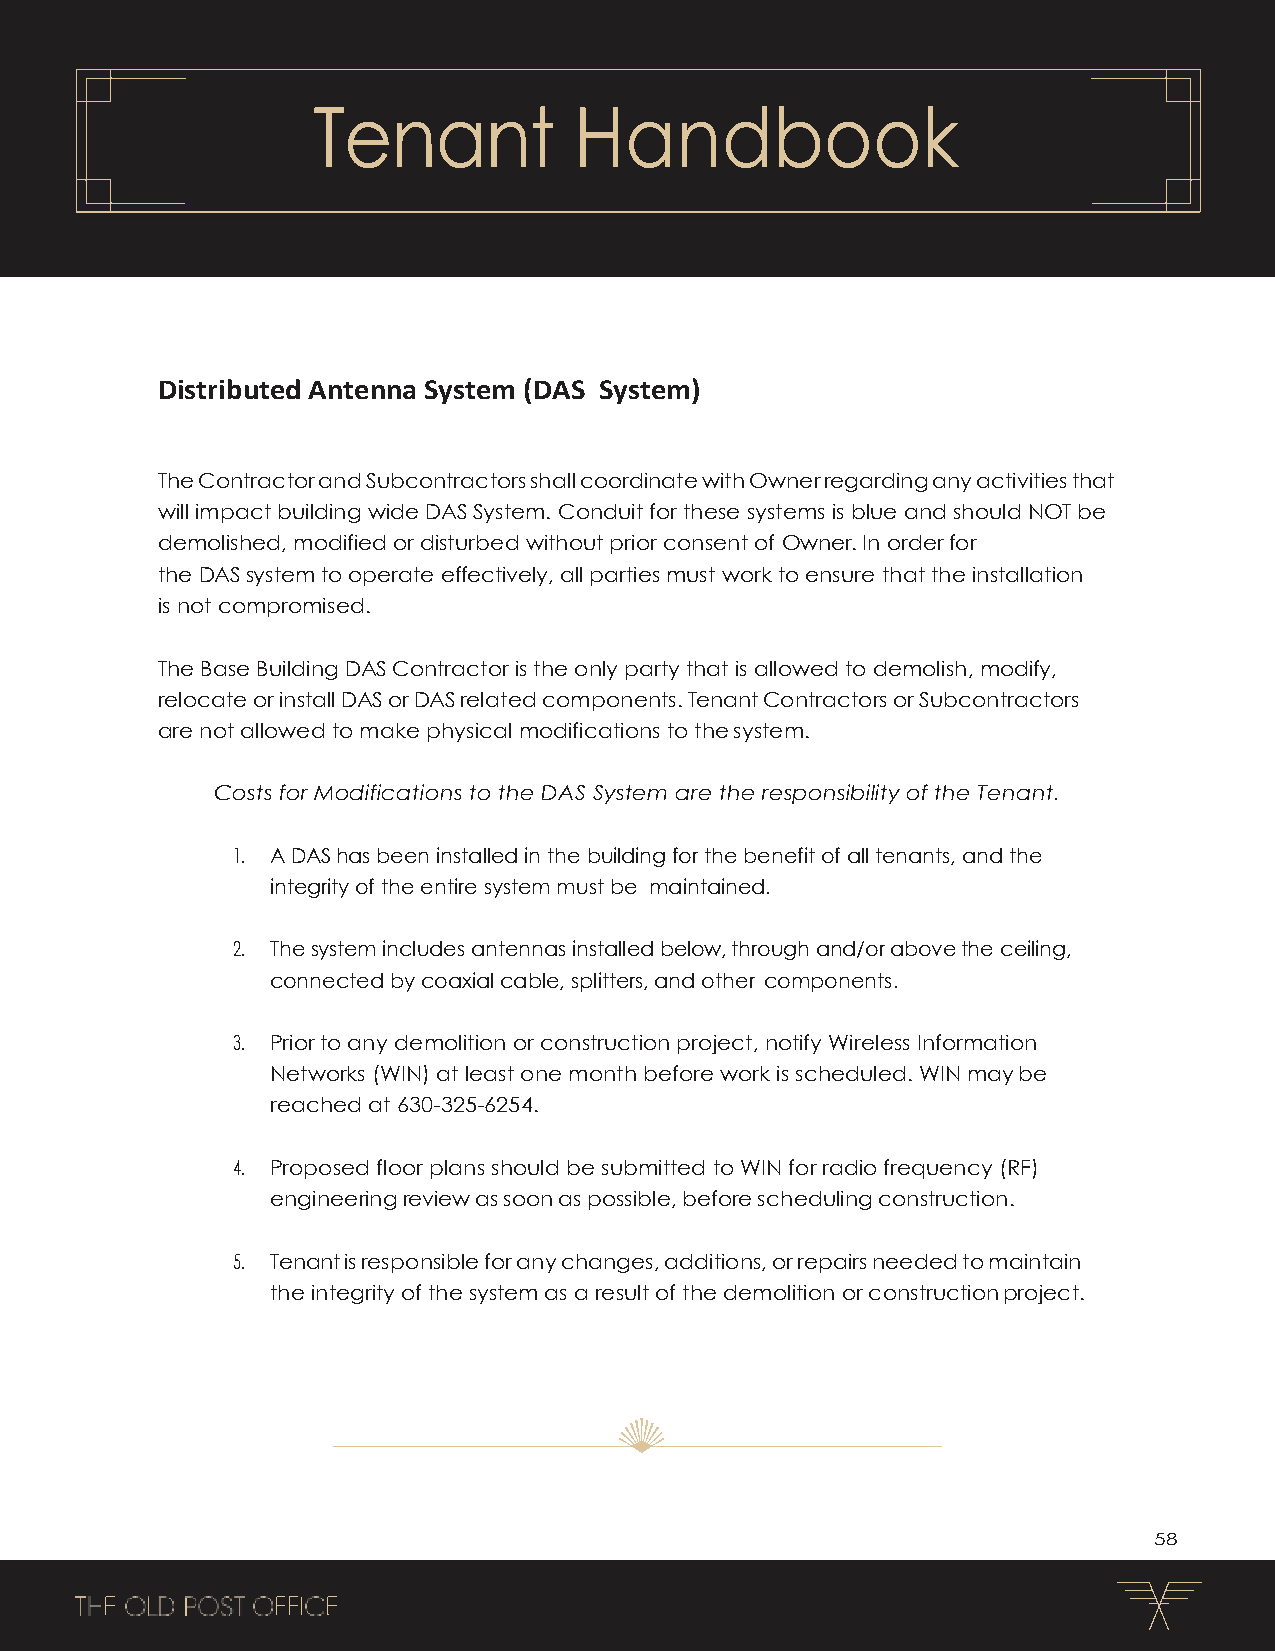
Tenant           Handbook
 Distributed Antenna System (DAS System)
 The Contractor and Subcontractors shall coordinate with Owner regarding any activities that
 will impact building wide DAS System. Conduit for these systems is blue and should NOT be
 demolished, modified or disturbed without prior consent of Owner. In order for
 the DAS system to operate effectively, all parties must work to ensure that the installation
 is not compromised.
 The Base Building DAS Contractor is the only party that is allowed to demolish, modify,
 relocate or install DAS or DAS related components. Tenant Contractors or Subcontractors
 are not allowed to make physical modifications to the system.
 Costs for Modifications to the DAS System are the responsibility of the Tenant.
 1. A DAS has been installed in the building for the benefit of all tenants, and the
 integrity of the entire system must be maintained.
 2. The system includes antennas installed below, through and/or above the ceiling,
 connected by coaxial cable, splitters, and other components.
 3. Prior to any demolition or construction project, notify Wireless Information
 Networks (WIN) at least one month before work is scheduled. WIN may be
 reached at 630-325-6254.
 4. Proposed floor plans should be submitted to WIN for radio frequency (RF)
 engineering review as soon as possible, before scheduling construction.
 5. Tenant is responsible for any changes, additions, or repairs needed to maintain
 the integrity of the system as a result of the demolition or construction project.
 58